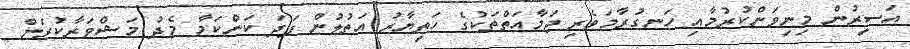
އަސީރުން މިނިވަންކުރުމާއި ހަނގުރާމަވެރި ޖަމާއަތްތަކުގެ ހަތިޔާރު އަތުލުން ފަދަ ކަންކަމާ މެދު މަޝްވަރާކުރަން